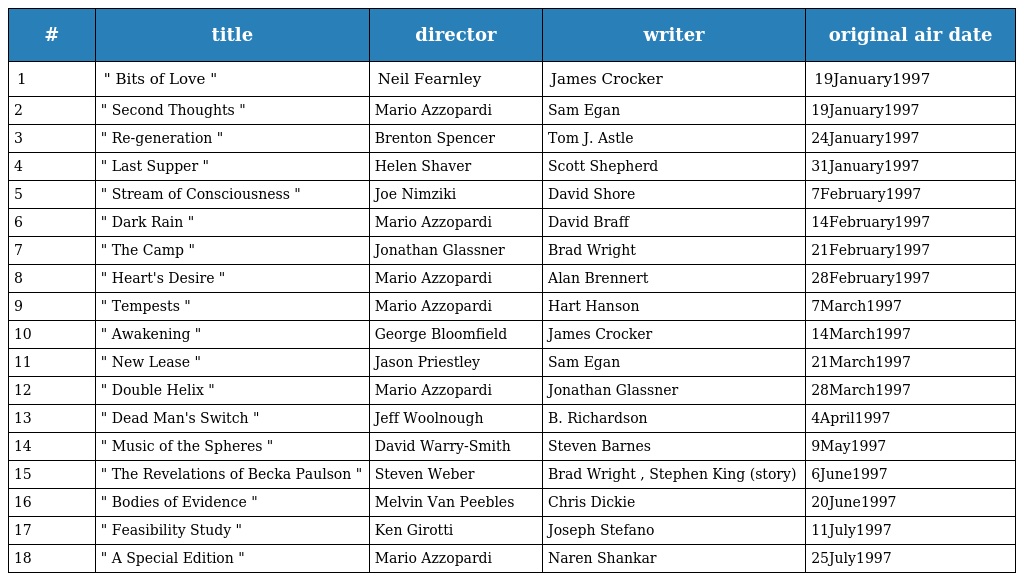
| # | title | director | writer | original air date |
 | --- | --- | --- | --- | --- |
 | 1 | " Bits of Love " | Neil Fearnley | James Crocker | 19January1997 |
 | 2 | " Second Thoughts " | Mario Azzopardi | Sam Egan | 19January1997 |
 | 3 | " Re-generation " | Brenton Spencer | Tom J. Astle | 24January1997 |
 | 4 | " Last Supper " | Helen Shaver | Scott Shepherd | 31January1997 |
 | 5 | " Stream of Consciousness " | Joe Nimziki | David Shore | 7February1997 |
 | 6 | " Dark Rain " | Mario Azzopardi | David Braff | 14February1997 |
 | 7 | " The Camp " | Jonathan Glassner | Brad Wright | 21February1997 |
 | 8 | " Heart's Desire " | Mario Azzopardi | Alan Brennert | 28February1997 |
 | 9 | " Tempests " | Mario Azzopardi | Hart Hanson | 7March1997 |
 | 10 | " Awakening " | George Bloomfield | James Crocker | 14March1997 |
 | 11 | " New Lease " | Jason Priestley | Sam Egan | 21March1997 |
 | 12 | " Double Helix " | Mario Azzopardi | Jonathan Glassner | 28March1997 |
 | 13 | " Dead Man's Switch " | Jeff Woolnough | B. Richardson | 4April1997 |
 | 14 | " Music of the Spheres " | David Warry-Smith | Steven Barnes | 9May1997 |
 | 15 | " The Revelations of Becka Paulson " | Steven Weber | Brad Wright , Stephen King (story) | 6June1997 |
 | 16 | " Bodies of Evidence " | Melvin Van Peebles | Chris Dickie | 20June1997 |
 | 17 | " Feasibility Study " | Ken Girotti | Joseph Stefano | 11July1997 |
 | 18 | " A Special Edition " | Mario Azzopardi | Naren Shankar | 25July1997 |